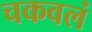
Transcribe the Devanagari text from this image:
चकवलं